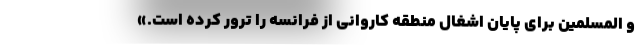
و المسلمین برای پایان اشغال منطقه کاروانی از فرانسه را ترور کرده است.»